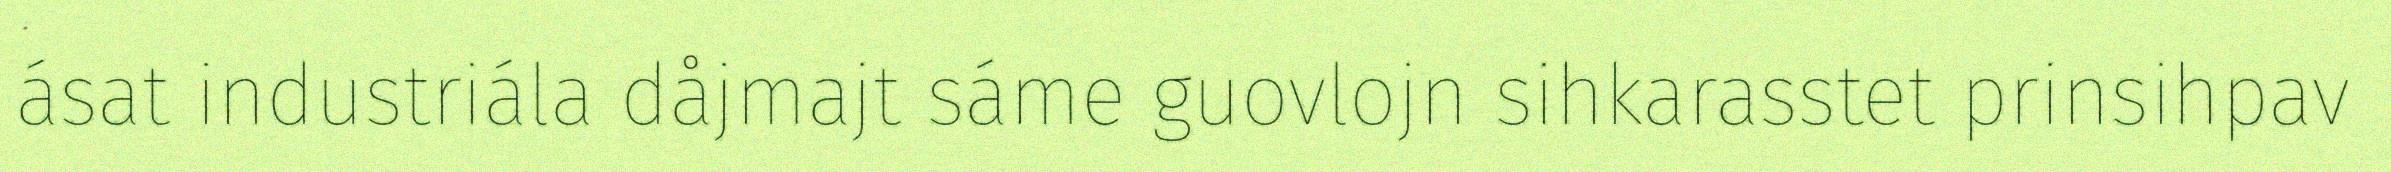
ásat industriála dåjmajt sáme guovlojn sihkarasstet prinsihpav